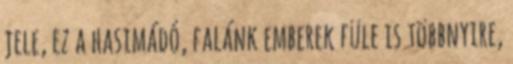
jele, ez a hasimádó, falánk emberek füle is többnyire,